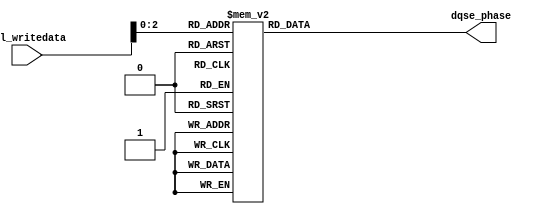
module sequencer_scc_acv_phase_decode
	# (parameter
	AVL_DATA_WIDTH          =   32,
	DLL_DELAY_CHAIN_LENGTH  =   8,
	USE_2X_DLL              =   "false"
	)
	(
	avl_writedata,
	dqse_phase
);
	input [AVL_DATA_WIDTH - 1:0] avl_writedata;
	output [3:0] dqse_phase;
	reg [3:0] dqse_phase;
generate
if (USE_2X_DLL == "true")
begin
	always @ (*) begin : decode_2x
		dqse_phase = 4'b0111;
		case (avl_writedata[2:0])
		3'b000: 
			begin
				dqse_phase = 4'b0100;
			end
		3'b001: 
			begin
				dqse_phase = 4'b0101;
			end
		3'b010: 
			begin
				dqse_phase = 4'b0110;
			end
		3'b011: 
			begin
				dqse_phase = 4'b0111;
			end
		3'b100: 
			begin
				dqse_phase = 4'b1000;
			end
		3'b101: 
			begin
				dqse_phase = 4'b1001;
			end
		3'b110: 
			begin
				dqse_phase = 4'b1010;
			end
		3'b111: 
			begin
				dqse_phase = 4'b1011;
			end
		default : begin end
		endcase
	end
end
else
begin
	always @ (*) begin : decode
		dqse_phase = 4'b0110;
		case (avl_writedata[2:0])
		3'b000: 
			begin
				dqse_phase = 4'b0010;
			end
		3'b001: 
			begin
				dqse_phase = 4'b0011;
			end
		3'b010: 
			begin
				dqse_phase = 4'b0100;
			end
		3'b011: 
			begin
				dqse_phase = 4'b0101;
			end
		3'b100: 
			begin
				dqse_phase = 4'b0110;
			end
		3'b101: 
			begin
				dqse_phase = 4'b1111;
			end
		3'b110: 
			begin
				dqse_phase = 4'b1000;
			end
		3'b111: 
			begin
				dqse_phase = 4'b1001;
			end
		default : begin end
		endcase
	end
end
endgenerate
endmodule